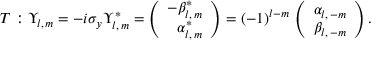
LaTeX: T : \Upsilon _ { l , \, m } = - i \sigma _ { y } \Upsilon _ { l , \, m } ^ { * } = \left( \begin{array} { r } { { - \beta _ { l , \, m } ^ { * } } } \\ { { \alpha _ { l , \, m } ^ { * } } } \end{array} \right) = ( - 1 ) ^ { l - m } \, \left( \begin{array} { c } { { \alpha _ { l , \, - m } } } \\ { { \beta _ { l , \, - m } } } \end{array} \right) .